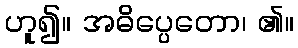
ဟူ၍။ အဓိပ္ပေတော၊ ၏။